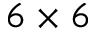
6 \times 6